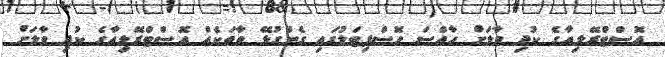
އޮސްޓްރޭލިއާގެ ކުދި ވާލަށް ހާއްސަ ހޮސްޕިޓަލުގައި ގެންގުޅޭ ވާތަކެއް އޮސްޓްރޭލިއާގެ ކުދި ވާލަށް